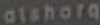
atshora